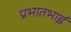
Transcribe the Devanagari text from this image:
प्रभातभाई